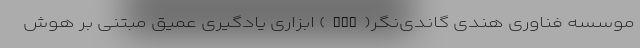
موسسه فناوری هندی گاندی‌نگر(IIT) ابزاری یادگیری عمیق مبتنی بر هوش